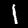
Digit: 1